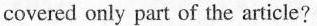
covered only part of the article?